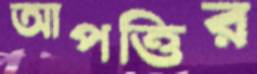
আপত্তির